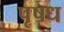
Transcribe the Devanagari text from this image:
पृषध